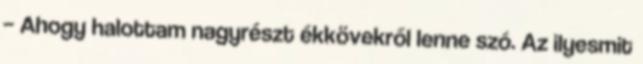
– Ahogy halottam nagyrészt ékkövekről lenne szó. Az ilyesmit